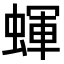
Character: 𧎊